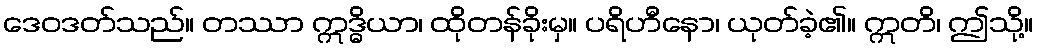
ဒေဝဒတ်သည်။ တဿာ ဣဒ္ဓိယာ၊ ထိုတန်ခိုးမှ။ ပရိဟီနော၊ ယုတ်ခဲ့၏။ ဣတိ၊ ဤသို့။